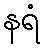
နရံ